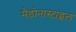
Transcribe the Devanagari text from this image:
मैडोनास्टाइल